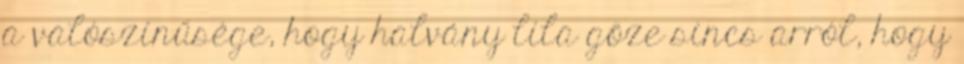
a valószínűsége, hogy halvány lila gőze sincs arról, hogy